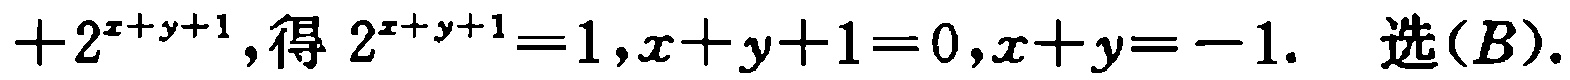
\(+2^{x + y + 1},得\ 2^{x + y + 1}=1,x + y + 1 = 0,x + y=-1.\ 选(B).\)